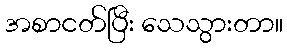
အစာငတ်ပြီး သေသွားတာ။